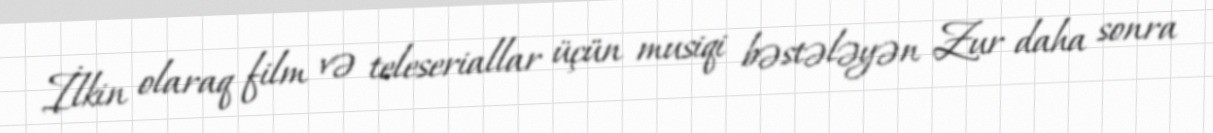
İlkin olaraq film və teleseriallar üçün musiqi bəstələyən Zur daha sonra